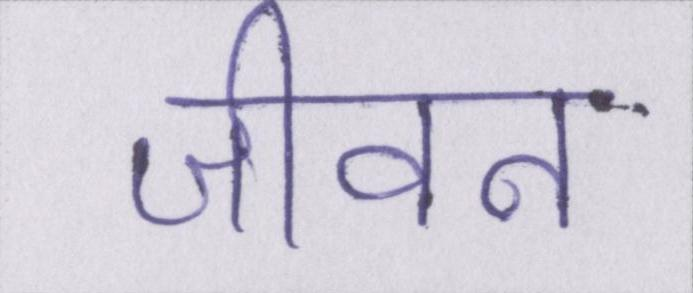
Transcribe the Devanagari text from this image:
जीवन